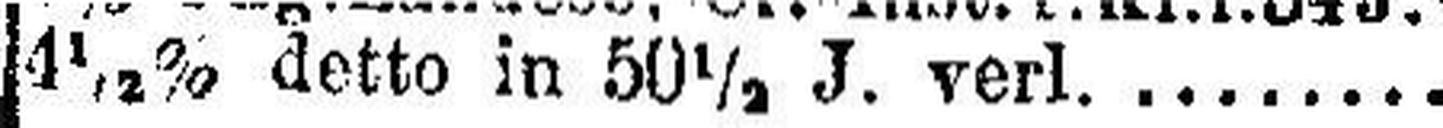
4½% detto in 50½ J. verl.